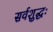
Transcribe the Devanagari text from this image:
सर्वशुद्धः